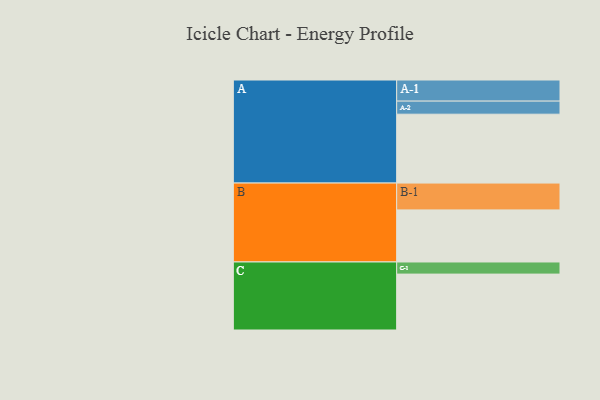
{"axis": {"x": "Segment", "y": "Value"}, "legend": ["", "A", "B", "C"], "data": [{"x": "A", "y": 574, "type": ""}, {"x": "B", "y": 434, "type": ""}, {"x": "C", "y": 466, "type": ""}, {"x": "A-1", "y": 176, "type": "A"}, {"x": "A-2", "y": 109, "type": "A"}, {"x": "B-1", "y": 224, "type": "B"}, {"x": "C-1", "y": 101, "type": "C"}]}